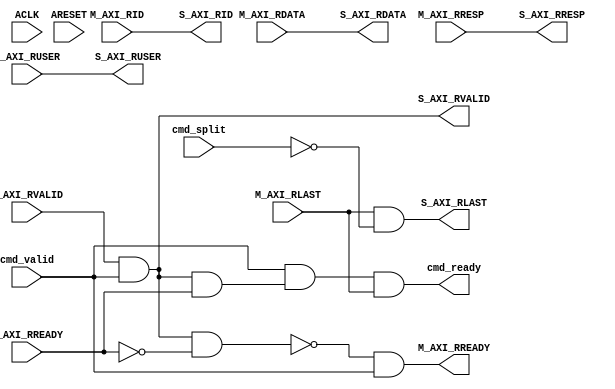
module axi_protocol_converter_v2_1_r_axi3_conv #
  (
   parameter C_FAMILY                            = "none",
   parameter integer C_AXI_ID_WIDTH              = 1,
   parameter integer C_AXI_ADDR_WIDTH            = 32,
   parameter integer C_AXI_DATA_WIDTH            = 32,
   parameter integer C_AXI_SUPPORTS_USER_SIGNALS = 0,
   parameter integer C_AXI_RUSER_WIDTH           = 1,
   parameter integer C_SUPPORT_SPLITTING              = 1,
                       // Implement transaction splitting logic.
                       // Disabled whan all connected masters are AXI3 and have same or narrower data width.
   parameter integer C_SUPPORT_BURSTS                 = 1
                       // Disabled when all connected masters are AxiLite,
                       //   allowing logic to be simplified.
   )
  (
   // System Signals
   input wire ACLK,
   input wire ARESET,

   // Command Interface
   input  wire                              cmd_valid,
   input  wire                              cmd_split,
   output wire                              cmd_ready,
   
   // Slave Interface Read Data Ports
   output wire [C_AXI_ID_WIDTH-1:0]    S_AXI_RID,
   output wire [C_AXI_DATA_WIDTH-1:0]  S_AXI_RDATA,
   output wire [2-1:0]                 S_AXI_RRESP,
   output wire                         S_AXI_RLAST,
   output wire [C_AXI_RUSER_WIDTH-1:0] S_AXI_RUSER,
   output wire                         S_AXI_RVALID,
   input  wire                         S_AXI_RREADY,
   
   // Master Interface Read Data Ports
   input  wire [C_AXI_ID_WIDTH-1:0]    M_AXI_RID,
   input  wire [C_AXI_DATA_WIDTH-1:0]  M_AXI_RDATA,
   input  wire [2-1:0]                 M_AXI_RRESP,
   input  wire                         M_AXI_RLAST,
   input  wire [C_AXI_RUSER_WIDTH-1:0] M_AXI_RUSER,
   input  wire                         M_AXI_RVALID,
   output wire                         M_AXI_RREADY
   );

   
  /////////////////////////////////////////////////////////////////////////////
  // Variables for generating parameter controlled instances.
  /////////////////////////////////////////////////////////////////////////////
  
  
  /////////////////////////////////////////////////////////////////////////////
  // Local params
  /////////////////////////////////////////////////////////////////////////////
  
  // Constants for packing levels.
  localparam [2-1:0] C_RESP_OKAY        = 2'b00;
  localparam [2-1:0] C_RESP_EXOKAY      = 2'b01;
  localparam [2-1:0] C_RESP_SLVERROR    = 2'b10;
  localparam [2-1:0] C_RESP_DECERR      = 2'b11;
  
  
  /////////////////////////////////////////////////////////////////////////////
  // Functions
  /////////////////////////////////////////////////////////////////////////////
  
  
  /////////////////////////////////////////////////////////////////////////////
  // Internal signals
  /////////////////////////////////////////////////////////////////////////////
  
  // Throttling help signals.
  wire                            cmd_ready_i;
  wire                            pop_si_data;
  wire                            si_stalling;
  
  // Internal MI-side control signals.
  wire                            M_AXI_RREADY_I;
   
  // Internal signals for SI-side.
  wire [C_AXI_ID_WIDTH-1:0]       S_AXI_RID_I;
  wire [C_AXI_DATA_WIDTH-1:0]     S_AXI_RDATA_I;
  wire [2-1:0]                    S_AXI_RRESP_I;
  wire                            S_AXI_RLAST_I;
  wire [C_AXI_RUSER_WIDTH-1:0]    S_AXI_RUSER_I;
  wire                            S_AXI_RVALID_I;
  wire                            S_AXI_RREADY_I;
  
  
  /////////////////////////////////////////////////////////////////////////////
  // Handle interface handshaking:
  //
  // Forward data from MI-Side to SI-Side while a command is available. When
  // the transaction has completed the command is popped from the Command FIFO.
  // 
  // 
  /////////////////////////////////////////////////////////////////////////////
  
  // Pop word from SI-side.
  assign M_AXI_RREADY_I = ~si_stalling & cmd_valid;
  assign M_AXI_RREADY   = M_AXI_RREADY_I;
  
  // Indicate when there is data available @ SI-side.
  assign S_AXI_RVALID_I = M_AXI_RVALID & cmd_valid;
  
  // Get SI-side data.
  assign pop_si_data    = S_AXI_RVALID_I & S_AXI_RREADY_I;
  
  // Signal that the command is done (so that it can be poped from command queue).
  assign cmd_ready_i    = cmd_valid & pop_si_data & M_AXI_RLAST;
  assign cmd_ready      = cmd_ready_i;
  
  // Detect when MI-side is stalling.
  assign si_stalling    = S_AXI_RVALID_I & ~S_AXI_RREADY_I;
  
  
  /////////////////////////////////////////////////////////////////////////////
  // Simple AXI signal forwarding:
  // 
  // USER, ID, DATA and RRESP passes through untouched.
  // 
  // LAST has to be filtered to remove any intermediate LAST (due to split 
  // trasactions). LAST is only removed for the first parts of a split 
  // transaction. When splitting is unsupported is the LAST filtering completely
  // completely removed.
  // 
  /////////////////////////////////////////////////////////////////////////////
  
  // Calculate last, i.e. mask from split transactions.
  assign S_AXI_RLAST_I  = M_AXI_RLAST & 
                          ( ~cmd_split | ( C_SUPPORT_SPLITTING == 0 ) );
  
  // Data is passed through.
  assign S_AXI_RID_I    = M_AXI_RID;
  assign S_AXI_RUSER_I  = M_AXI_RUSER;
  assign S_AXI_RDATA_I  = M_AXI_RDATA;
  assign S_AXI_RRESP_I  = M_AXI_RRESP;
      
  
  /////////////////////////////////////////////////////////////////////////////
  // SI-side output handling
  // 
  /////////////////////////////////////////////////////////////////////////////
// TODO: registered?  
  assign S_AXI_RREADY_I = S_AXI_RREADY;
  assign S_AXI_RVALID   = S_AXI_RVALID_I;
  assign S_AXI_RID      = S_AXI_RID_I;
  assign S_AXI_RDATA    = S_AXI_RDATA_I;
  assign S_AXI_RRESP    = S_AXI_RRESP_I;
  assign S_AXI_RLAST    = S_AXI_RLAST_I;
  assign S_AXI_RUSER    = S_AXI_RUSER_I;
  
  
endmodule